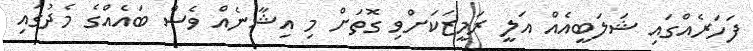
ފަހަރެއްގައި ޝަލަބީއެއް އަލީ ރަމީޒަކަށްވި ގޮތަށް މި އިޝާނެއް ވެސް ބައެއްގެ މެދުގައި